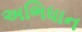
અભિધાન